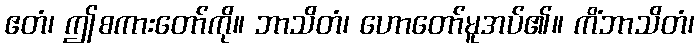
ဧတံ၊ ဤစကားတော်ကို။ ဘာသိတံ၊ ဟောတော်မူအပ်၏။ ကိံဘာသိတံ၊